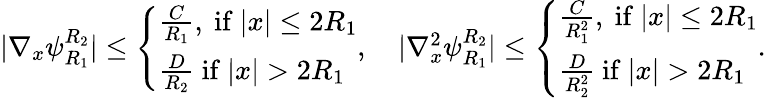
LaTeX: \begin{array}{r}{|\nabla_{x}\psi_{R_{1}}^{R_{2}}|\leq\left\{ \begin{array}{ll}{\frac{C}{R_{1}},\mathrm{~if~}|x|\leq 2R_{1}}\\ {\frac{D}{R_{2}}\mathrm{~if~}|x|>2R_{1}}\end{array}\right.,\quad|\nabla_{x}^{2}\psi_{R_{1}}^{R_{2}}|\leq\left\{ \begin{array}{ll}{\frac{C}{R_{1}^{2}},\mathrm{~if~}|x|\leq 2R_{1}}\\ {\frac{D}{R_{2}^{2}}\mathrm{~if~}|x|>2R_{1}}\end{array}\right..}\end{array}